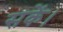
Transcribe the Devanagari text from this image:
सकेंं।